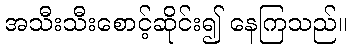
အသီးသီးစောင့်ဆိုင်း၍ နေကြသည်။